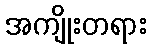
အကျိုးတရား